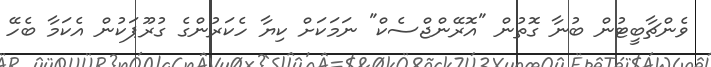
ވެންޗާބީޓުން ބުނާ ގޮތުން "އޮރޭންޖްސެކް" ނަމަކަށް ކިޔާ ހެކަރުންގެ ގުރޫޕަކުން އެކަމާ ބެހޭ